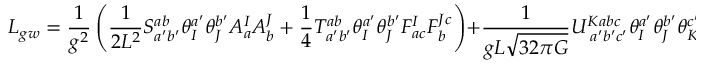
{ \cal L } _ { g w } = \frac { 1 } { g ^ { 2 } } \left( \frac { 1 } { 2 L ^ { 2 } } S _ { a ^ { \prime } b ^ { \prime } } ^ { a b } \theta _ { I } ^ { a ^ { \prime } } \theta _ { J } ^ { b ^ { \prime } } A _ { a } ^ { I } A _ { b } ^ { J } + \frac { 1 } { 4 } T _ { a ^ { \prime } b ^ { \prime } } ^ { a b } \theta _ { I } ^ { a ^ { \prime } } \theta _ { J } ^ { b ^ { \prime } } F _ { a c } ^ { I } F _ { b } ^ { J c } \right) + \frac { 1 } { g L \sqrt { 3 2 \pi G } } U _ { \; a ^ { \prime } b ^ { \prime } c ^ { \prime } } ^ { K a b c } \theta _ { I } ^ { a ^ { \prime } } \theta _ { J } ^ { b ^ { \prime } } \theta _ { K } ^ { c ^ { \prime } } A _ { a } ^ { I } F _ { b c } ^ { J } .